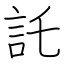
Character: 託